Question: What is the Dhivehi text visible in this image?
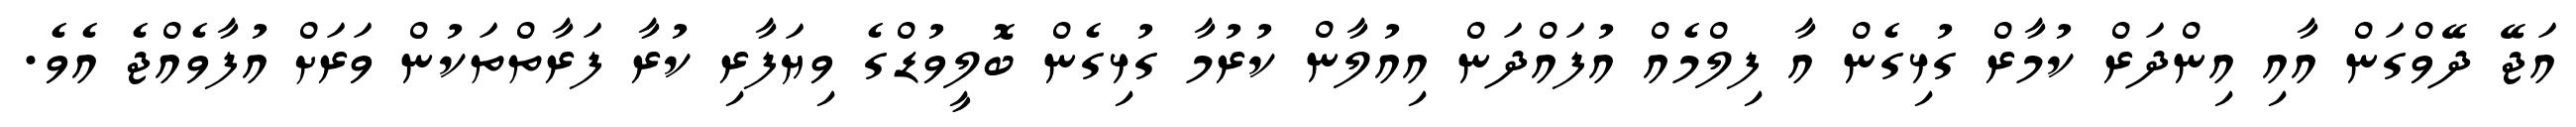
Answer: އަޖޭ ދޭވްގަން އާއި އިންދަރް ކުމާރް ގުޅިގެން އާ ފިލްމެއް އުފައްދަން އިއުލާން ކުރުމާ ގުޅިގެން ބޮލީވުޑްގެ ވިޔަފާރި ކުރާ ފަރާތްތަކުން ވަރަށް އުފާވެއްޖެ އެވެ.